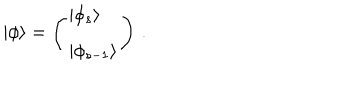
| \phi \rangle = \left( \begin{array} { l } { { | \phi _ { s } \rangle } } \\ { { | \phi _ { s - 1 } \rangle } } \\ \end{array} \right) \, .